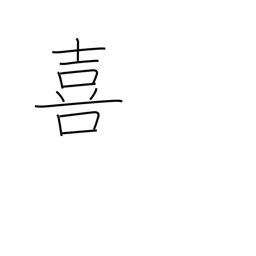
Meaning: rejoice